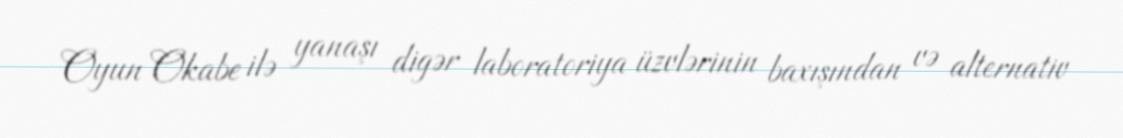
Oyun Okabe ilə yanaşı digər laboratoriya üzvlərinin baxışından və alternativ